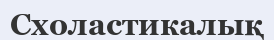
Схоластикалық